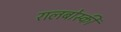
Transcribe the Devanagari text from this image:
रालबोस्की